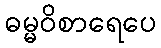
ဓမ္မဝိစာရေပေ